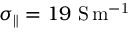
\sigma _ { \parallel } = 1 9 \ \mathrm { S \, m ^ { - 1 } }